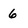
Character: 6